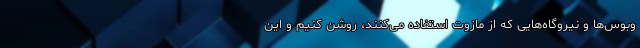
وبوس‌ها و نیروگاه‌هایی که از مازوت استفاده می‌کنند، روشن کنیم و این